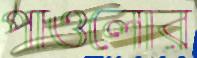
পাওলোর